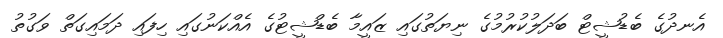
އެނދުގެ ބެޑުޝީޓް ބަދަލުކުރުމުގެ ނިޔަތުގައި ޒައީމާ ބެޑްޝީޓުގެ އެއްކަނުގައި ހިފައި ދަމައިގަތް ވަގުތު